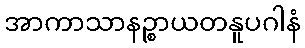
အာကာသာနဉ္စာယတနူပဂါနံ